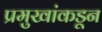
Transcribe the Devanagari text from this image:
प्रमुखांकडून